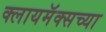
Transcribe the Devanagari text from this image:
क्लायमॅक्सच्या